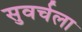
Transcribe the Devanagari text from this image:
सुवर्चला